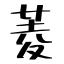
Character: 菱